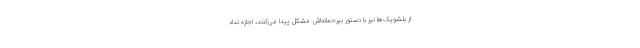
از بلشویک‌ها نیز با دستور بیرحمانه‌اش مشکل پیدا می‌کنند، اجازه نداد